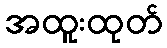
အထူးထုတ်